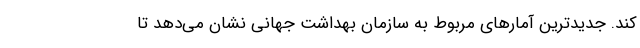
کند. جدیدترین آمارهای مربوط به سازمان بهداشت جهانی نشان می‌دهد تا